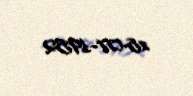
18-07-1952